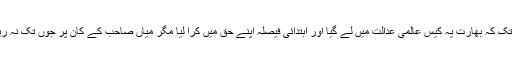
یہاں تک کہ بھارت یہ کیس عالمی عدالت میں لے گیا اور ابتدائی فیصلہ اپنے حق میں کرا لیا مگر میاں صاحب کے کان پر جوں تک نہ رینگی۔